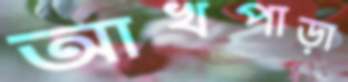
আখপাড়া